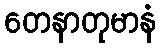
တေနာတုမာနံ